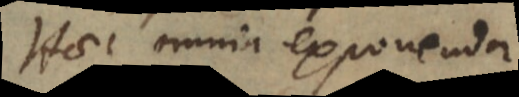
Haec omnia exponenda